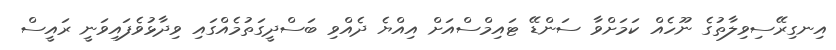
އިނގިރޭސިވިލާތުގެ ނޫހެއް ކަމަށްވާ ސަންޑޭ ޓައިމްސްއަށް އިއްޔެ ދެއްވި ބަސްދީގަތުމެއްގައި ވިދާޅުވެފައިވަނީ ރައީސް